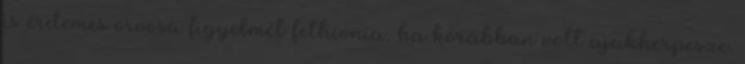
is érdemes orvosa figyelmét felhívnia, ha korábban volt ajakherpesze.